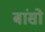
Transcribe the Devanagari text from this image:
बांसो